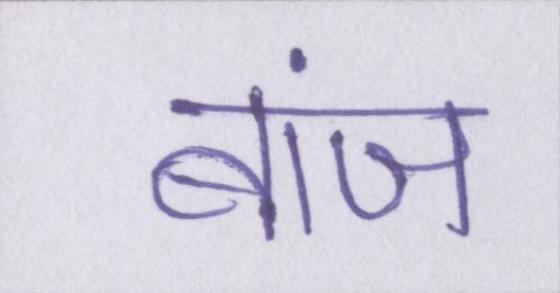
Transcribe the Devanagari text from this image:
बांज